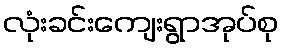
လုံးခင်းကျေးရွာအုပ်စု